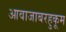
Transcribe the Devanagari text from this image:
आवाजाबरहुकूम